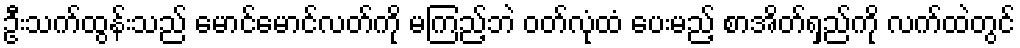
ဦးသက်ထွန်းသည် မောင်မောင်လတ်ကို မကြည့်ဘဲ ဝတ်လုံထံ ပေးမည့် စာအိတ်ရှည်ကို လက်ထဲတွင်